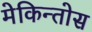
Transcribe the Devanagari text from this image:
मेकिन्तोस